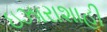
ઇઝારાશાહી